Civil Veterinary Department ledger series I-VI
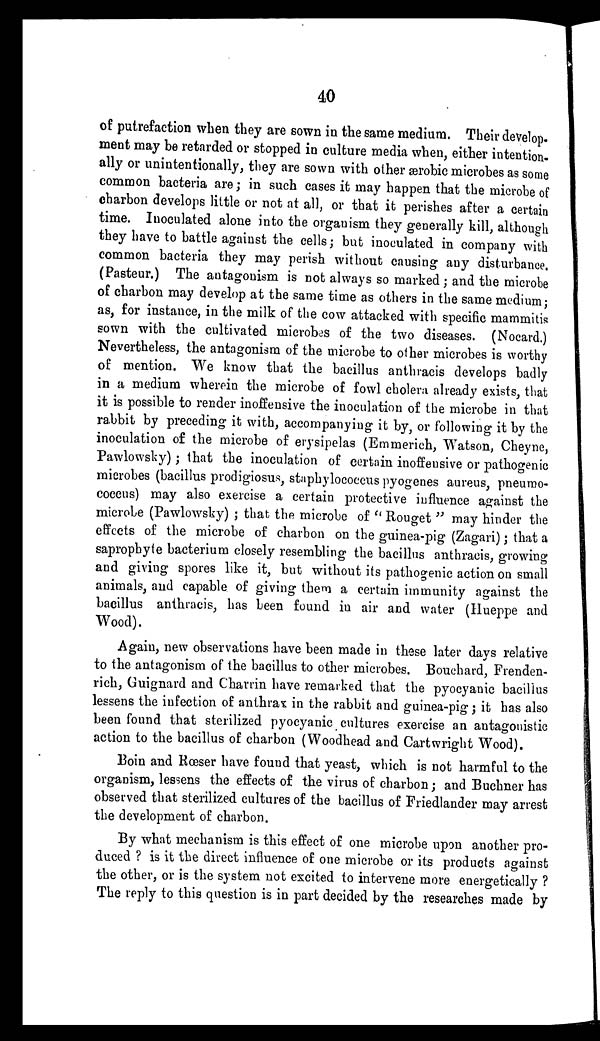
40
of putrefaction when they are sown in the same medium. Their develop-
ment may be retarded or stopped in culture media when, either intention-
ally or unintentionally, they are sown with other ærobic microbes as some
common bacteria are; in such cases it may happen that the microbe of
charbon develops little or not at all, or that it perishes after a certain
time. Inoculated alone into the organism they generally kill, although
they have to battle against the cells; but inoculated in company with
common bacteria they may perish without causing any disturbance.
(Pasteur.) The antagonism is not always so marked; and the microbe
of charbon may develop at the same time as others in the same medium;
as, for instance, in the milk of the cow attacked with specific mammitis
sown with the cultivated microbes of the two diseases. (Nocard.)
Nevertheless, the antagonism of the microbe to other microbes is worthy
of mention. We know that the bacillus anthracis develops badly
in a medium wherein the microbe of fowl cholera already exists, that
it is possible to render inoffensive the inoculation of the microbe in that
rabbit by preceding it with, accompanying it by, or following it by the
inoculation of the microbe of erysipelas (Emmerich, Watson, Cheyne,
Pawlowsky); that the inoculation of certain inoffensive or pathogenic
microbes (bacillus prodigiosus, staphylococcus pyogenes aureus, pneumo-
coccus) may also exercise a certain protective influence against the
microbe (Pawlowsky) ; that the microbe of " Rouget " may hinder the
effects of the microbe of charbon on the guinea-pig (Zagari); that a
saprophyte bacterium closely resembling the bacillus anthracis, growing
and giving spores like it, but without its pathogenic action on small
animals, and capable of giving them a certain immunity against the
bacillus anthracis, has been found in air and water (Hueppe and
Wood).
Again, new observations have been made in these later days relative
to the antagonism of the bacillus to other microbes. Bouchard, Frenden-
rich, Guignard and Charrin have remarked that the pyocyanic bacillus
lessens the infection of anthrax in the rabbit and guinea-pig; it has also
been found that sterilized pyocyanic cultures exercise an antagonistic
action to the bacillus of charbon (Woodhead and Cartwright Wood).
Boin and Rœser have found that yeast, which is not harmful to the
organism, lessens the effects of the virus of charbon; and Buchner has
observed that sterilized cultures of the bacillus of Friedlander may arrest
the development of charbon.
By what mechanism is this effect of one microbe upon another pro-
duced ? is it the direct influence of one microbe or its products against
the other, or is the system not excited to intervene more energetically ?
The reply to this question is in part decided by the researches made by